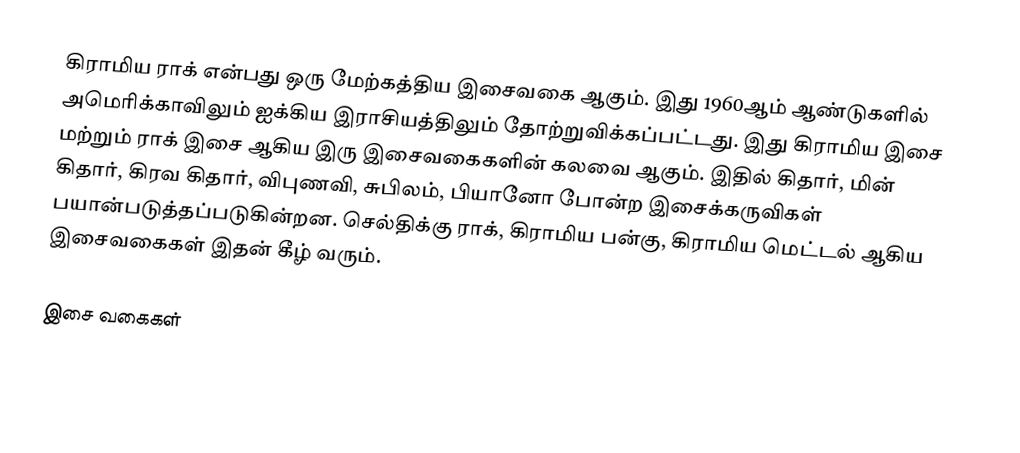
கிராமிய ராக் என்பது ஒரு மேற்கத்திய இசைவகை ஆகும். இது 1960ஆம் ஆண்டுகளில் அமெரிக்காவிலும் ஐக்கிய இராசியத்திலும் தோற்றுவிக்கப்பட்டது. இது கிராமிய இசை மற்றும் ராக் இசை ஆகிய இரு இசைவகைகளின் கலவை ஆகும். இதில் கிதார், மின் கிதார், கிரவ கிதார், விபுணவி, சுபிலம், பியானோ போன்ற இசைக்கருவிகள் பயான்படுத்தப்படுகின்றன. செல்திக்கு ராக், கிராமிய பன்கு, கிராமிய மெட்டல் ஆகிய இசைவகைகள் இதன் கீழ் வரும்.

இசை வகைகள்